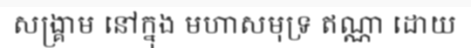
សង្គ្រាម នៅក្នុង មហាសមុទ្រ ឥណ្ណា ដោយ